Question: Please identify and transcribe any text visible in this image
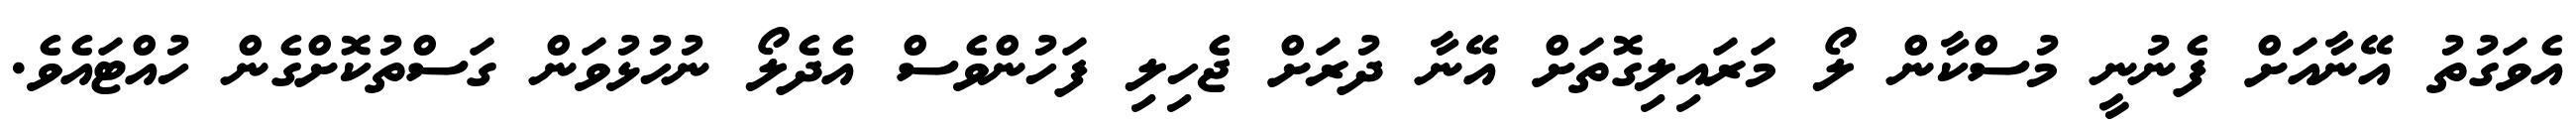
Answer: އެވަގުތު އޭނާއަށް ފެނުނީ މުސްކާން ލޯ މަރައިލިގޮތަށް އޭނާ ދުރަށް ޖެހިލި ފަހުންވެސް އެދެލޯ ނުހުޅުވަން ގަސްތުކޮށްގެން ހުއްޓައެވެ.